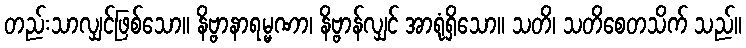
တည်းသာလျှင်ဖြစ်သော။ နိဗ္ဗာနာရမ္မဏာ၊ နိဗ္ဗာန်လျှင် အာရုံရှိသော။ သတိ၊ သတိစေတသိက် သည်။